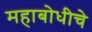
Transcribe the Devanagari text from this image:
महाबोधीचे